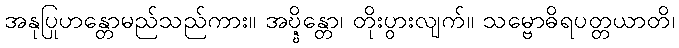
အနုပြုဟန္တောမည်သည်ကား။ အဎ္ဍ္ဎိန္တော၊ တိုးပွားလျက်။ သမ္ဗောဓိရပတ္တယာတိ၊